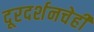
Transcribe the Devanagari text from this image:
दूरदर्शनचेही